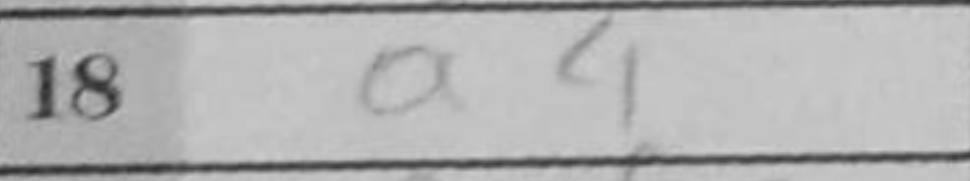
Transcription: a4